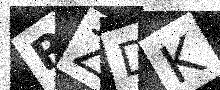
Text: RZDK